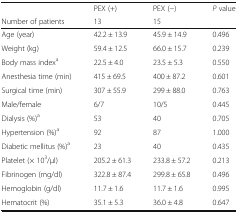
<table><thead><tr><td></td><td><b>PEX (+)</b></td><td><b>PEX (−)</b></td><td><b><i>P</i> value</b></td></tr><tr><td><b>Number of patients</b></td><td><b>13</b></td><td><b>15</b></td><td></td></tr></thead><tbody><tr><td>Age (year)</td><td>42.2 ± 13.9</td><td>45.9 ± 14.9</td><td>0.496</td></tr><tr><td>Weight (kg)</td><td>59.4 ± 12.5</td><td>66.0 ± 15.7</td><td>0.239</td></tr><tr><td>Body mass index<sup>a</sup></td><td>22.5 ± 4.0</td><td>23.5 ± 5.3</td><td>0.550</td></tr><tr><td>Anesthesia time (min)</td><td>415 ± 69.5</td><td>400 ± 87.2</td><td>0.601</td></tr><tr><td>Surgical time (min)</td><td>307 ± 55.9</td><td>299 ± 88.0</td><td>0.763</td></tr><tr><td>Male/female</td><td>6/7</td><td>10/5</td><td>0.445</td></tr><tr><td>Dialysis (%)<sup>a</sup></td><td>53</td><td>40</td><td>0.705</td></tr><tr><td>Hypertension (%)<sup>a</sup></td><td>92</td><td>87</td><td>1.000</td></tr><tr><td>Diabetic mellitus (%)<sup>a</sup></td><td>23</td><td>40</td><td>0.435</td></tr><tr><td>Platelet (× 10<sup>3</sup>/μl)</td><td>205.2 ± 61.3</td><td>233.8 ± 57.2</td><td>0.213</td></tr><tr><td>Fibrinogen (mg/dl)</td><td>322.8 ± 87.4</td><td>299.8 ± 65.8</td><td>0.496</td></tr><tr><td>Hemoglobin (g/dl)</td><td>11.7 ± 1.6</td><td>11.7 ± 1.6</td><td>0.995</td></tr><tr><td>Hematocrit (%)</td><td>35.1 ± 5.3</td><td>36.0 ± 4.8</td><td>0.647</td></tr></tbody></table>